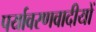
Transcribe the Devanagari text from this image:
पर्यावरणवादीयों